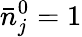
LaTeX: \bar{n}_{j}^{0}=1